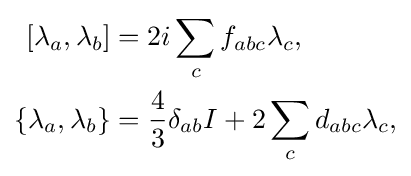
{\begin{aligned}\left[\lambda _{a},\lambda _{b}\right]&=2i\sum _{c}f_{abc}\lambda _{c},\\\{\lambda _{a},\lambda _{b}\}&={\frac {4}{3}}\delta _{ab}I+2\sum _{c}d_{abc}\lambda _{c},\end{aligned}}